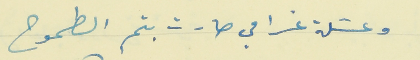
وعسَلة غرامي صارت بتم الطموح